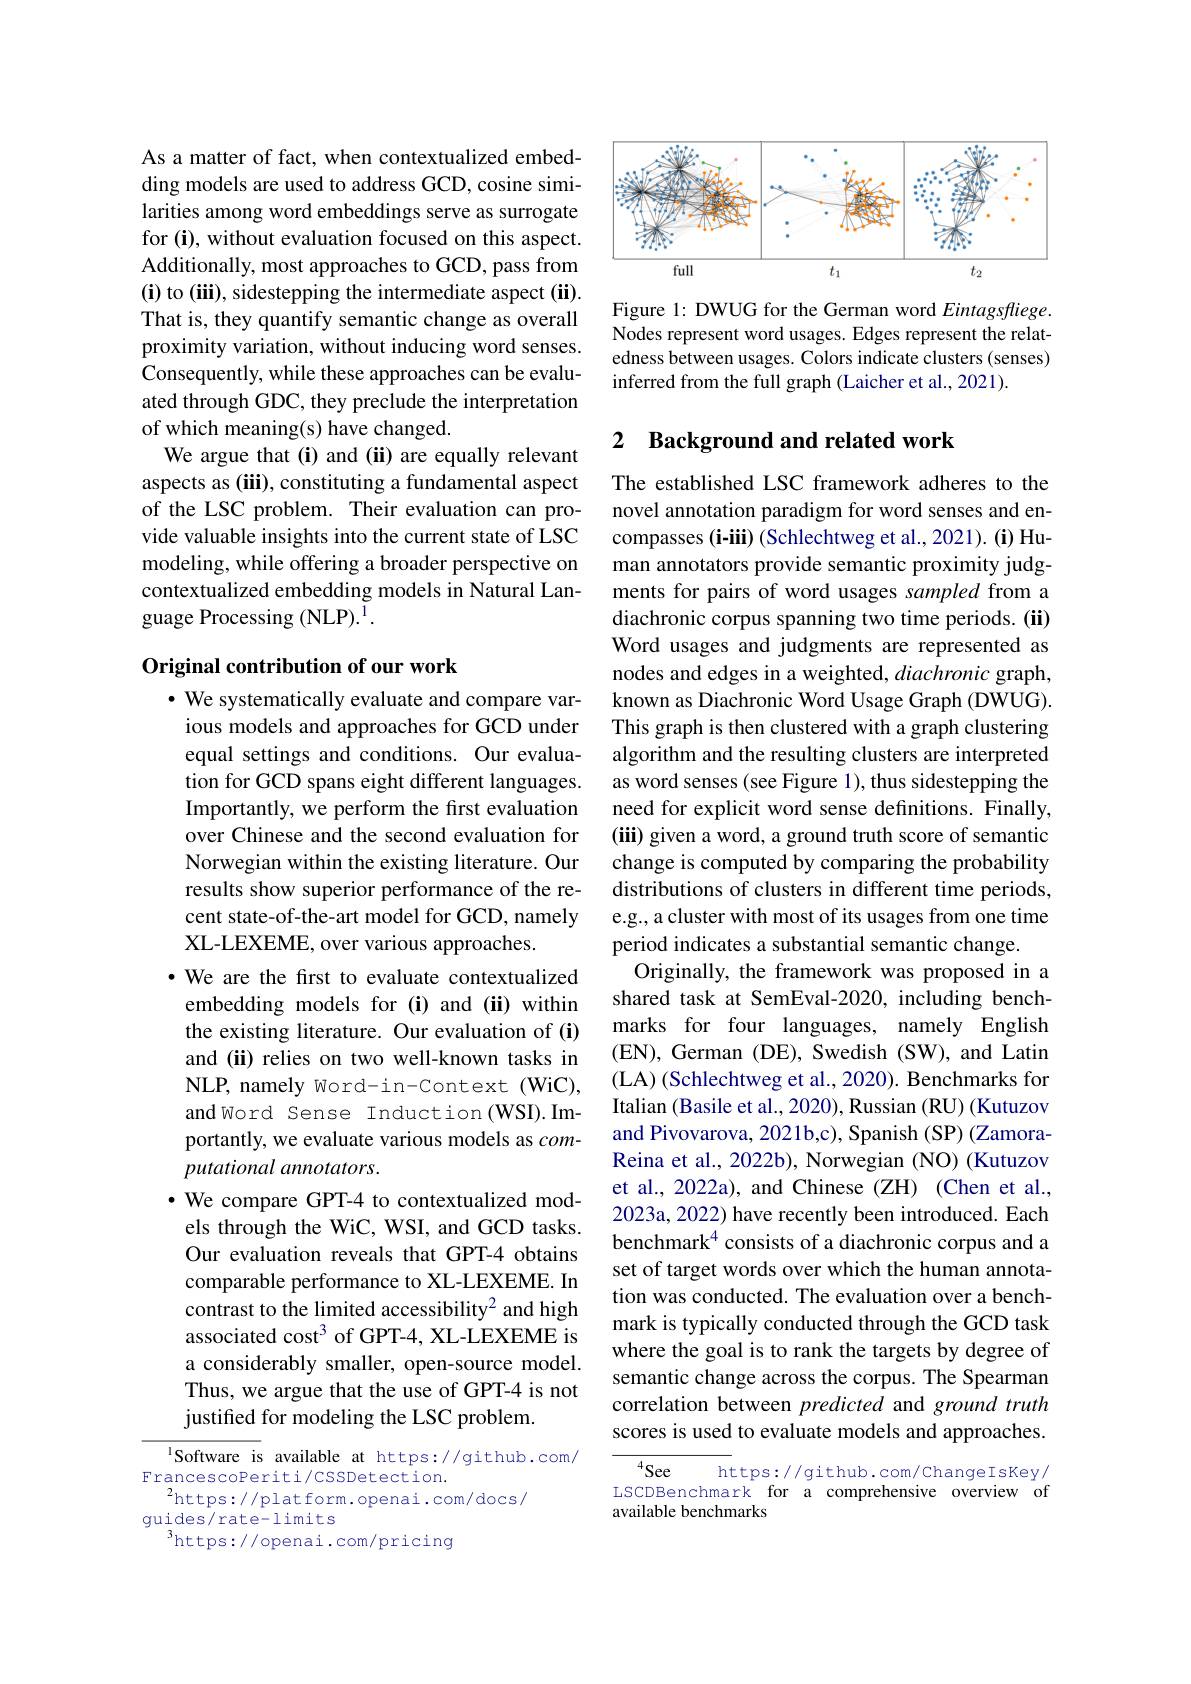
As a matter of fact, when contextualized embedding models are used to address GCD, cosine similarities among word embeddings serve as surrogate for (i), without evaluation focused on this aspect. Additionally, most approaches to GCD, pass from $(\mathbf{i})$ to (iii), sidestepping the intermediate aspect (ii). That is, they quantify semantic change as overall proximity variation, without inducing word senses. Consequently, while these approaches can be evaluated through GDC, they preclude the interpretation of which meaning(s) have changed.
We argue that (i) and (ii) are equally relevant aspects as (iii), constituting a fundamental aspect of the LSC problem. Their evaluation can provide valuable insights into the current state of LSC modeling, while offering a broader perspective on contextualized embedding models in Natural Language Processing (NLP).$^{\mathrm{I}}.$

## Original contribution of our work

$•$ We systematically evaluate and compare various models and approaches for GCD under equal settings and conditions. Our evaluation for GCD spans eight different languages. Importantly, we perform the first evaluation over Chinese and the second evaluation for Norwegian within the existing literature. Our results show superior performance of the recent state-of-the-art model for GCD, namely XL-LEXEME, over various approaches.
$\cdot$ We are the first to evaluate contextualized embedding models for (i) and (ii) within the existing literature. Our evaluation of (i) and (ii) relies on two well-known tasks in NLP, namely Word-in-Context (WiC), and Word Sense Induction(WSI).Importantly, we evaluate various models as $com-$ putational annotators.
$\bullet$ We compare GPT-4 to contextualized models through the WiC, WSI, and GCD tasks. Our evaluation reveals that GPT-4 obtains comparable performance to XL-LEXEME. In contrast to the limited accessibility$^{2}$ and high associated cost$^3$ of GPT-4, XL-LEXEME is a considerably smaller, open-source model. Thus, we argue that the use of GPT-4 is not justifed for modeling the LSC problem.

$^{\mathrm{l}}$Software is available at https://github.com/
FrancescoPeriti/CSSDetection.
$^{2}$https://platform.openai.com/docs/
guides/rate-limits
$^{3}$https://openai.com/pricing

<FigureHere>

Figure 1: DWUG for the German word Eintagsfliege. Nodes represent word usages. Edges represent the relatedness between usages. Colors indicate clusters (senses) inferred from the full graph (Laicher et al., 2021).

## 2 Background and related work

The established LSC framework adheres to the novel annotation paradigm for word senses and encompasses (i-iii) (Schlechtweg et al., 2021). (i) Human annotators provide semantic proximity judgments for pairs of word usages sampled from a diachronic corpus spanning two time periods. (ii) Word usages and judgments are represented as nodes and edges in a weighted, diachronic graph, known as Diachronic Word Usage Graph (DWUG). This graph is then clustered with a graph clustering algorithm and the resulting clusters are interpreted as word senses (see Figure 1), thus sidestepping the need for explicit word sense definitions. Finally, (iii) given a word, a ground truth score of semantic change is computed by comparing the probability distributions of clusters in different time periods, e.g., a cluster with most of its usages from one time period indicates a substantial semantic change.
Originally, the framework was proposed in a shared task at SemEval-2020, including benchmarks for four languages, namely English ( EN) , German ( DE) , Swedish ( SW) , and Latin (LA) (Schlechtweg et al., 2020). Benchmarks for Italian (Basile et al., 2020), Russian (RU) (Kutuzov and Pivovarova, 2021b,c), Spanish (SP) (ZamoraReina et al., 2022b), Norwegian (NO) (Kutuzov et al., 2022a), and Chinese (ZH) (Chen et al., 2023a, 2022) have recently been introduced. Each benchmark$^{4}$ consists of a diachronic corpus and a set of target words over which the human annotation was conducted. The evaluation over a benchmark is typically conducted through the GCD task where the goal is to rank the targets by degree of semantic change across the corpus. The Spearman correlation between predicted and ground truth scores is used to evaluate models and approaches.
$^{4}See$
https://github.com/ChangeIsKey/

LSCDBenchmark for a comprehensive overview of
available benchmarks